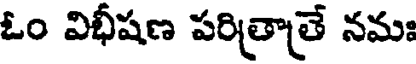
ఓం విభీషణ పరిత్రాత్రే నమః